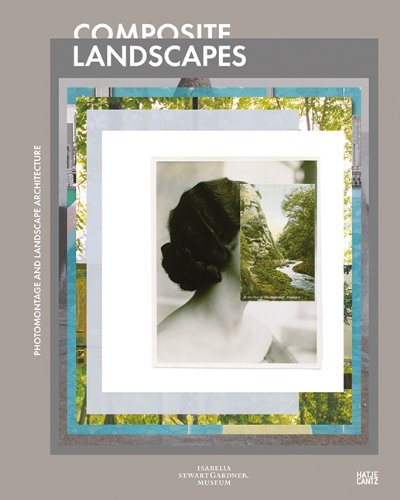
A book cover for Composite Landscapes: Photomontage and Landscape Architecture; James Corner; Arts & Photography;